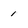
Character: 1